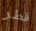
قطر